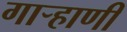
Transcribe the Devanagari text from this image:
गाऱ्हाणी